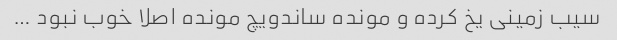
سیب زمینی یخ کرده و مونده ساندویچ مونده اصلا خوب نبود …